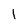
Character: 1